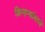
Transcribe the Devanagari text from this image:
किनाऱ्यांमध्ये